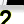
Digit: 2